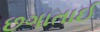
છગાતાઈ